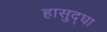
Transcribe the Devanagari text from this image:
हासुद्घा